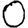
Digit: 0